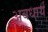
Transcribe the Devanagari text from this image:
अवधार्य